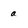
Character: a